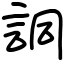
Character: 詷